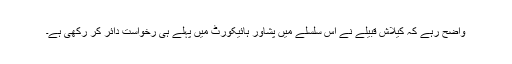
واضح رہے کہ کیلاش قبیلے نے اس سلسلے میں پشاور ہائیکورٹ میں پہلے ہی رخواست دائر کر رکھی ہے۔